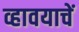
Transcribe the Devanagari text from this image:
व्हावयाचें